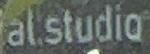
al.studio